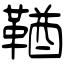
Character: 鞧